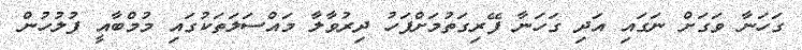
ގަހަނާ ވަގަށް ނަގައި އަދި ގަހަނާ ފޭރިގަތުމަށްފަހު ދިރުވާލާ މައްސަލަތަކުގައި މުމްބާއީ ފުލުހުން